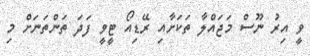
ވީ އިރު ނޫސް މަޖައްލާ ތަކަށާއި ރޭޑިއޯ ޓީވީ ފަދަ ތަންތަނަށް މި